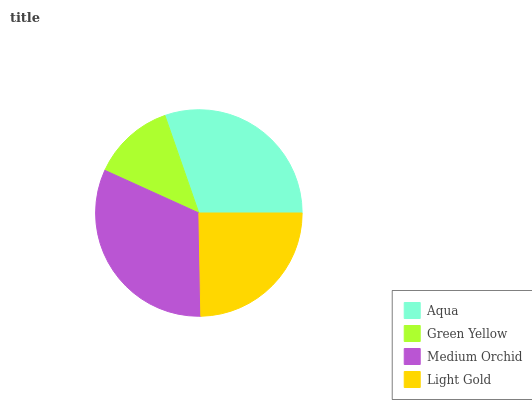
| Aqua | Green Yellow | Medium Orchid | Light Gold |
 | --- | --- | --- | --- |
 | 30.4% | 12.9% | 32.1% | 24.6% |